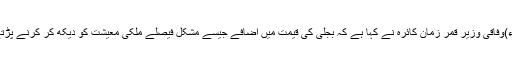
2010ء)وفاقی وزیر قمر زمان کائرہ نے کہا ہے کہ بجلی کی قیمت میں اضافے جیسے مشکل فیصلے ملکی معیشت کو دیکھ کر کرنے پڑتے ہیں ۔